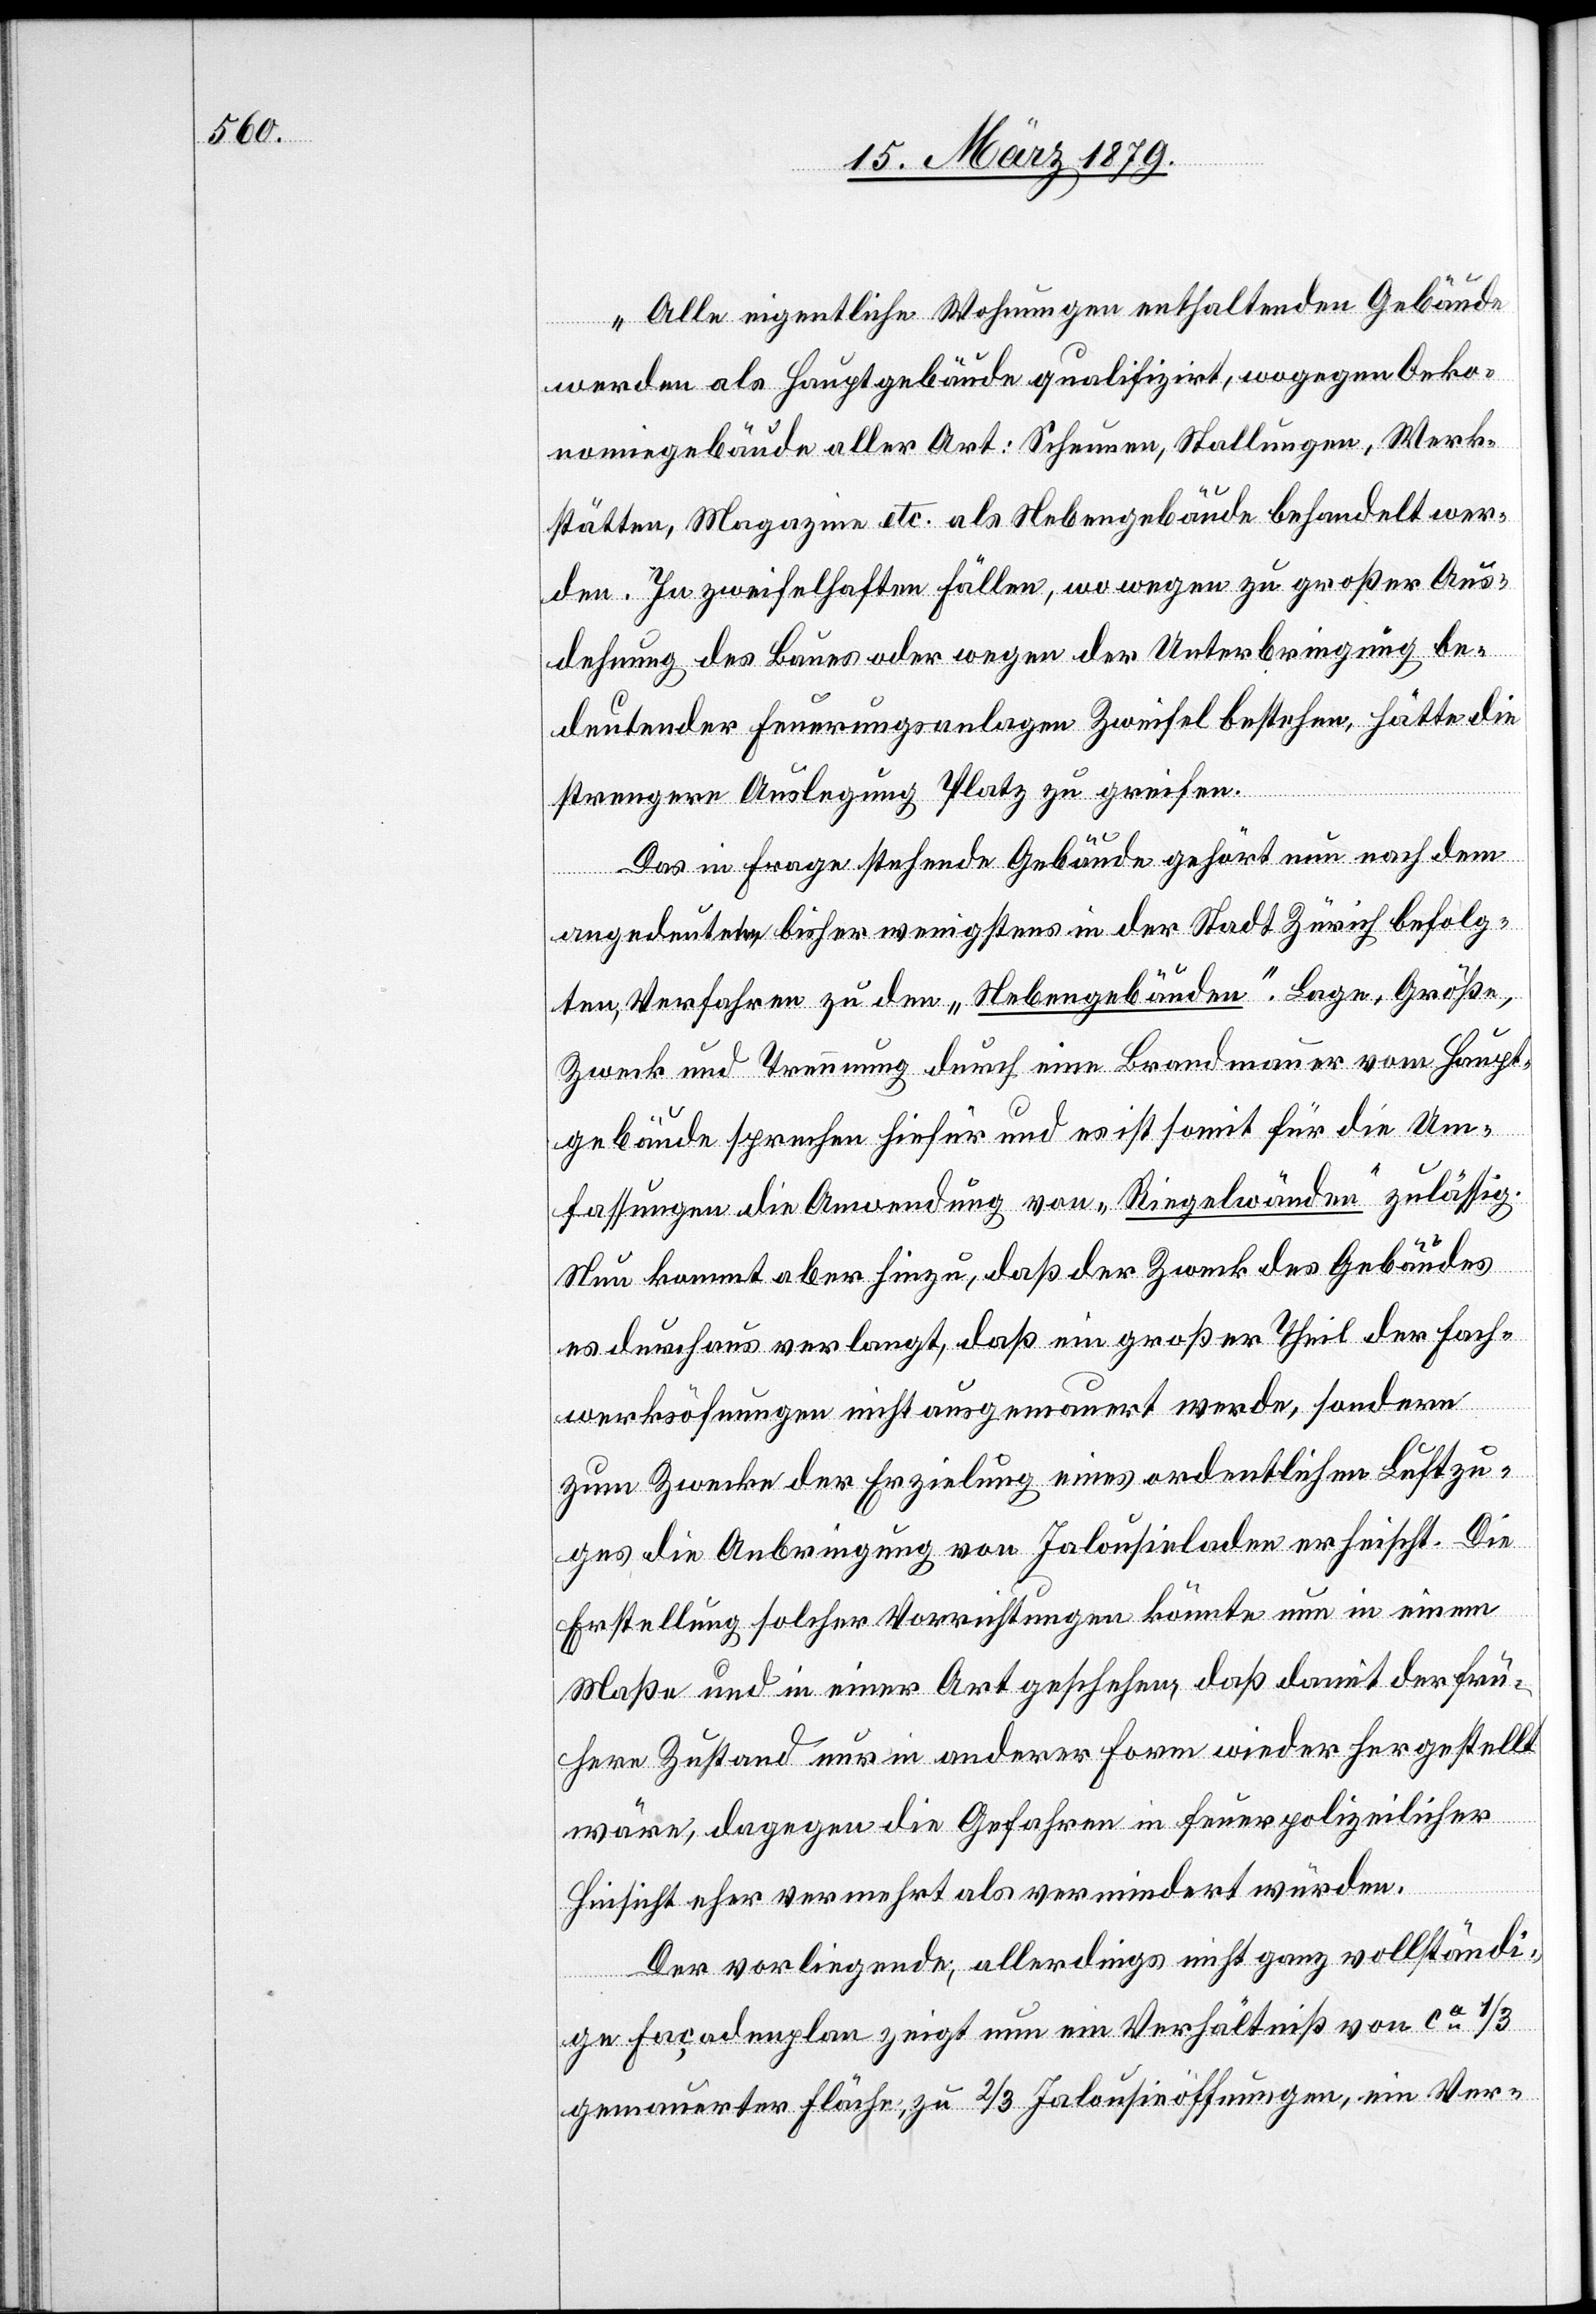
„Alle eigentliche Wohnungen enthaltenden Gebäude
werden als Hauptgebäude qualifizirt, wogegen Oeko¬
nomiegebäude aller Art: Scheunen, Stallungen, Werk¬
stätten, Magazine etc. als Nebengebäude behandelt wer¬
den. In zweifelhaften Fällen, wo wegen zu großer Aus¬
dehnung des Baues oder wegen der Unterbringung be¬
deutender Feuerungsanlagen Zweifel bestehen, hätte die
strengere Auslegung Platz zu greifen.
Das in Frage stehende Gebäude gehört nun nach dem
angedeuteten, bisher wenigstens in der Stadt Zürich befolg¬
ten, Verfahren zu den „Nebengebäuden“. Lage, Größe,
Zweck und Trennung durch eine Brandmauer vom Haupt¬
gebäude sprechen hiefür und es ist somit für die Um¬
fassungen die Anwendung von „Riegelwänden“ zulässig.
Nun kommt aber hinzu, daß der Zweck des Gebäudes
es durchaus verlangt, daß ein großer Theil der Fach¬
werksöffnungen nicht ausgemauert werde, sondern
zum Zwecke der Erzielung eines ordentlichen Luftzu¬
ges die Anbringung von Jalousieladen erheischt. Die
Erstellung solcher Vorrichtungen könnte nun in einem
Maße und in einer Art geschehen, daß damit der frü¬
here Zustand nur in anderer Form wieder hergestellt
wäre, dagegen die Gefahren in feuerpolizeilicher
Hinsicht eher vermehrt als vermindert würden.
Der vorliegende, allerdings nicht ganz vollständi¬
ge Façadenplan zeigt nun ein Verhältniß von ca 1/3
gemauerter Fläche, zu 2/3 Jalousieöffnungen, ein Ver-